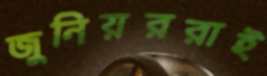
জুনিয়ররাই